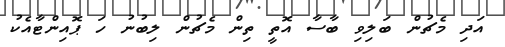
އަދި މެޗުން ބަލިވި ބާސާ އޮތީ ތިން މެޗުން ލިބުނު ހަ ޕޮއިންޓާއެކު